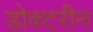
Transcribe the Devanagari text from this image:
डोक्टरीन